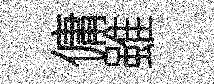
傭雖